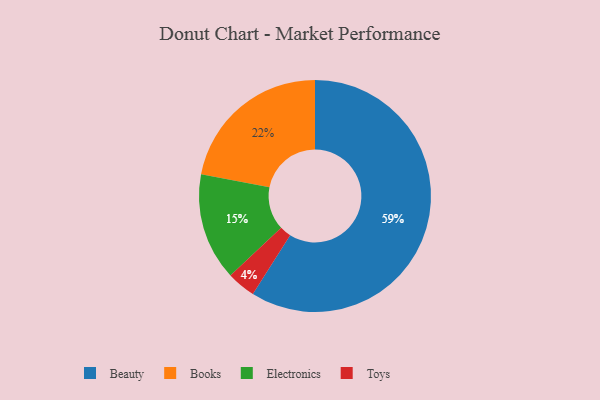
{"axis": {"x": "Category", "y": "Percentage"}, "legend": ["Beauty", "Books", "Electronics", "Toys"], "data": [{"x": "Beauty", "y": 59, "type": "Beauty"}, {"x": "Books", "y": 22, "type": "Books"}, {"x": "Toys", "y": 4, "type": "Toys"}, {"x": "Electronics", "y": 15, "type": "Electronics"}]}